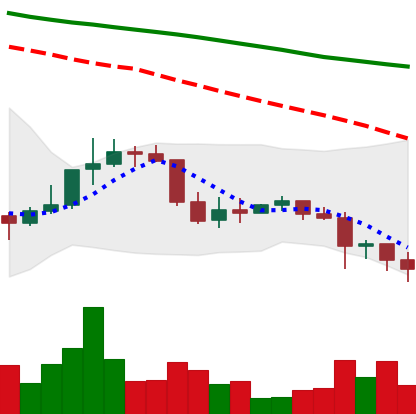
Ticker: DOGE-USD
Chart end date: 2022-01-08
Forward return: 13.22%
Label: up_7plus